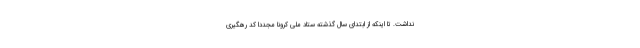
نداشت. تا اینکه از ابتدای سال گذشته ستاد ملی کرونا مجددا کد رهگیری